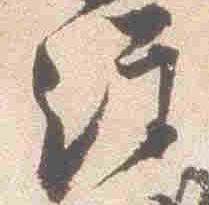
経